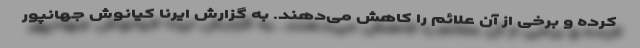
کرده و برخی از آن علائم را کاهش می‌دهند. به گزارش ایرنا کیانوش جهانپور